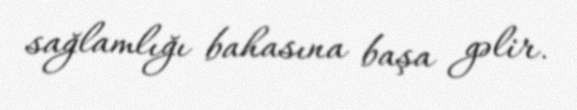
sağlamlığı bahasına başa gəlir.